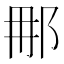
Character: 𮟯